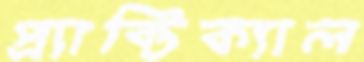
প্র্যাক্টিক্যাল